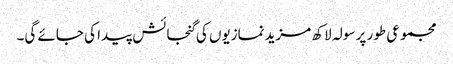
مجموعی طور پر سولہ لاکھ مزیدنمازیوں کی گنجائش پیدا کی جائے گی۔